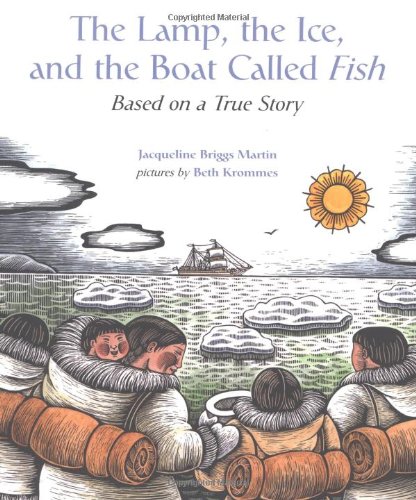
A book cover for The Lamp, the Ice, and the Boat Called Fish: Based on a True Story; Jacqueline Briggs Martin; Children's Books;